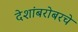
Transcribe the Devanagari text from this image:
देशांबरोबरचे